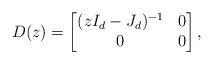
LaTeX: \begin{align*}D(z) = \begin{bmatrix} (zI_d-J_d)^{-1} & 0 \\ 0 & 0\end{bmatrix},\end{align*}